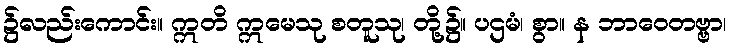
၌လည်းကောင်း။ ဣတိ ဣမေသု စတူသု၊ တို့၌။ ပဌမံ၊ စွာ။ န ဘာဝေတဗ္ဗာ၊